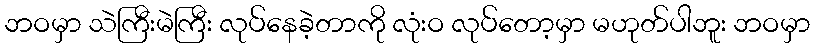
ဘဝမှာ သဲကြီးမဲကြီး လုပ်နေခဲ့တာကို လုံးဝ လုပ်တော့မှာ မဟုတ်ပါဘူး ဘဝမှာ